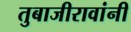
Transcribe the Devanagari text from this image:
तुबाजीरावांनी